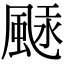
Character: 𩗢